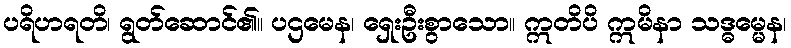
ပရိဟရတိ၊ ရွတ်ဆောင်၏။ ပဌမေန၊ ရှေးဦးစွာသော။ ဣတိပိ ဣမိနာ သဒ္ဓမ္မေန၊